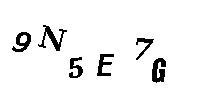
9N5E7G